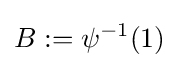
B:=\psi ^{-1}(1)